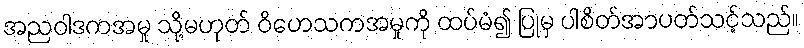
အညဝါဒကအမှု သို့မဟုတ် ဝိဟေသကအမှုကို ထပ်မံ၍ ပြုမှ ပါစိတ်အာပတ်သင့်သည်။